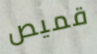
قميص